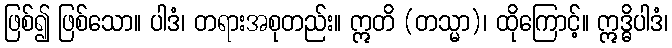
ဖြစ်၍ ဖြစ်သော။ ပါဒံ၊ တရားအစုတည်း။ ဣတိ (တသ္မာ)၊ ထိုကြောင့်။ ဣဒ္ဓိပါဒံ၊